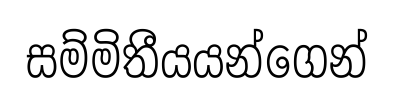
සම්මිතීයයන්ගෙන්